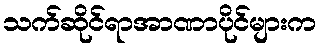
သက်ဆိုင်ရာအာဏာပိုင်များက